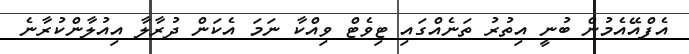
އެފްއޭއެމުން ބުނީ އިތުރު ތަނެއްގައި ޓިވެޓް ވިއްކާ ނަމަ އެކަން ދުރާލާ އިއުލާންކުރާނެ